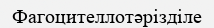
Фагоцителлотәрізділе